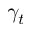
\gamma _ { t }